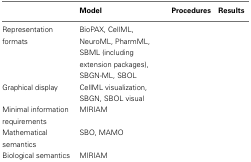
<table><thead><tr><td>[EMPTY_CELL]</td><td><b>Model</b></td><td><b>Procedures</b></td><td><b>Results</b></td></tr></thead><tbody><tr><td>Representation formats</td><td>BioPAX, CellML, NeuroML, PharmML, SBML (including extension packages), SBGN-ML, SBOL</td><td>[EMPTY_CELL]</td><td>[EMPTY_CELL]</td></tr><tr><td>Graphical display</td><td>CellML visualization, SBGN, SBOL visual</td><td>[EMPTY_CELL]</td><td>[EMPTY_CELL]</td></tr><tr><td>Minimal information requirements</td><td>MIRIAM</td><td>[EMPTY_CELL]</td><td>[EMPTY_CELL]</td></tr><tr><td>Mathematical semantics</td><td>SBO, MAMO</td><td>[EMPTY_CELL]</td><td>[EMPTY_CELL]</td></tr><tr><td>Biological semantics</td><td>MIRIAM</td><td>[EMPTY_CELL]</td><td>[EMPTY_CELL]</td></tr></tbody></table>